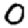
Digit: 0